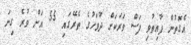
އެގޮތުން ފާއިތުވި ފަސް ވަރަކަށް ދުވަހުގެ ތެރޭގައި 55 އަށް ވުރެ ގިނަ